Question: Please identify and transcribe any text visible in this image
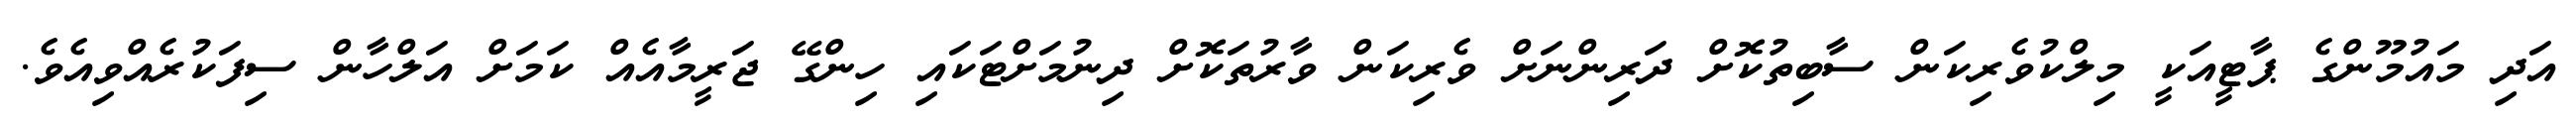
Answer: އަދި މައުމޫންގެ ޕާޓީއަކީ މިލްކުވެރިކަން ސާބިތުކޮށް ދަރިންނަށް ވެރިކަން ވާރުތަކޮށް ދިނުމަށްޓަކައި ހިންގޭ ޖަރީމާއެއް ކަމަށް އަލްހާން ސިފަކުރެއްވިއެވެ.